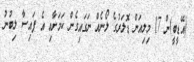
(އޭޑީބީ)ން 17 މިލިއަން ޑޮލަރުގެ ލޯނެއް ނަގައިގެން ކަމަށާއި އެ ފައިސާ ލިބުނު